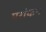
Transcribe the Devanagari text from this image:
परांकन